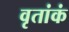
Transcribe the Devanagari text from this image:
वृतांकं